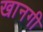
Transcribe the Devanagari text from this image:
खानगी